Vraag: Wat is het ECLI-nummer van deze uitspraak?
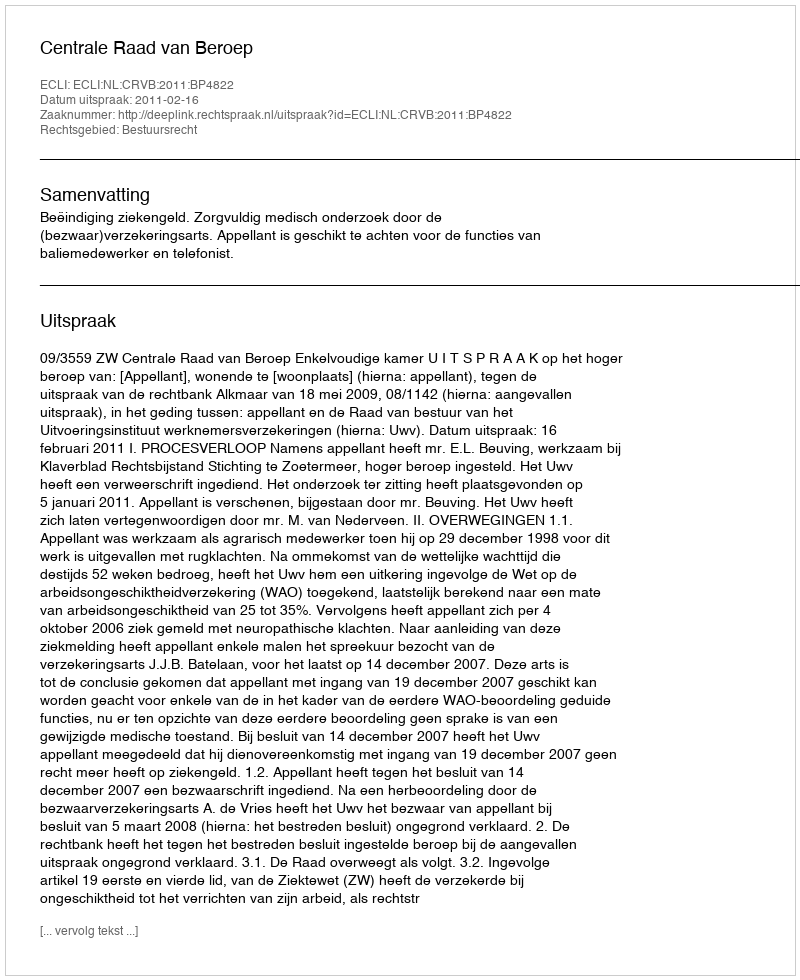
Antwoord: ECLI:NL:CRVB:2011:BP4822